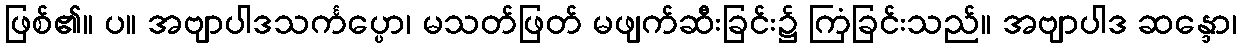
ဖြစ်၏။ ပ။ အဗျာပါဒသင်္ကပ္ပော၊ မသတ်ဖြတ် မဖျက်ဆီးခြင်း၌ ကြံခြင်းသည်။ အဗျာပါဒ ဆန္ဒော၊